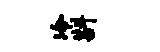
冷斟